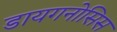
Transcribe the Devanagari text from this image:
डायगनोसिस